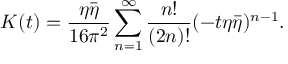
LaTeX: K ( t ) = \frac { \eta \bar { \eta } } { 1 6 \pi ^ { 2 } } \sum _ { n = 1 } ^ { \infty } \frac { n ! } { ( 2 n ) ! } ( - t \eta \bar { \eta } ) ^ { n - 1 } .